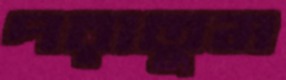
পরাতুম